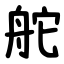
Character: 舵